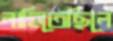
নাহিতেছিলে